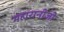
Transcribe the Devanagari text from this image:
महारानीजी